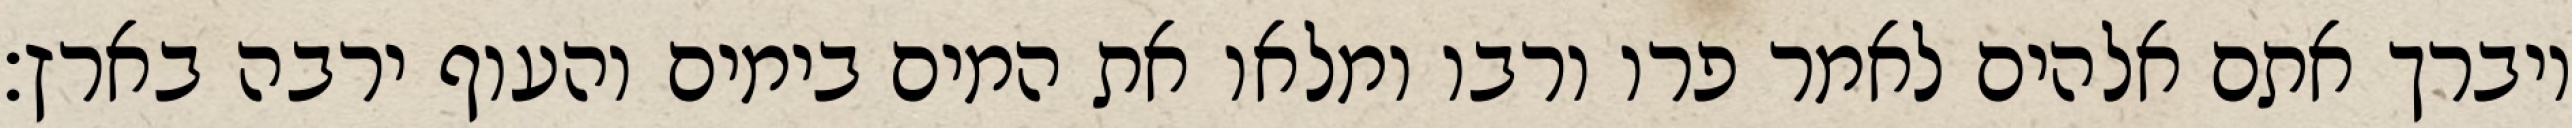
ויברך אתם אלהים לאמר פרו ורבו ומלאו את המים בימים והעוף ירבה בארץ׃